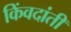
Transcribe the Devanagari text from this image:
किंवदांती